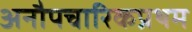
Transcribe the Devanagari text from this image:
अनौपचारिकप्रथम